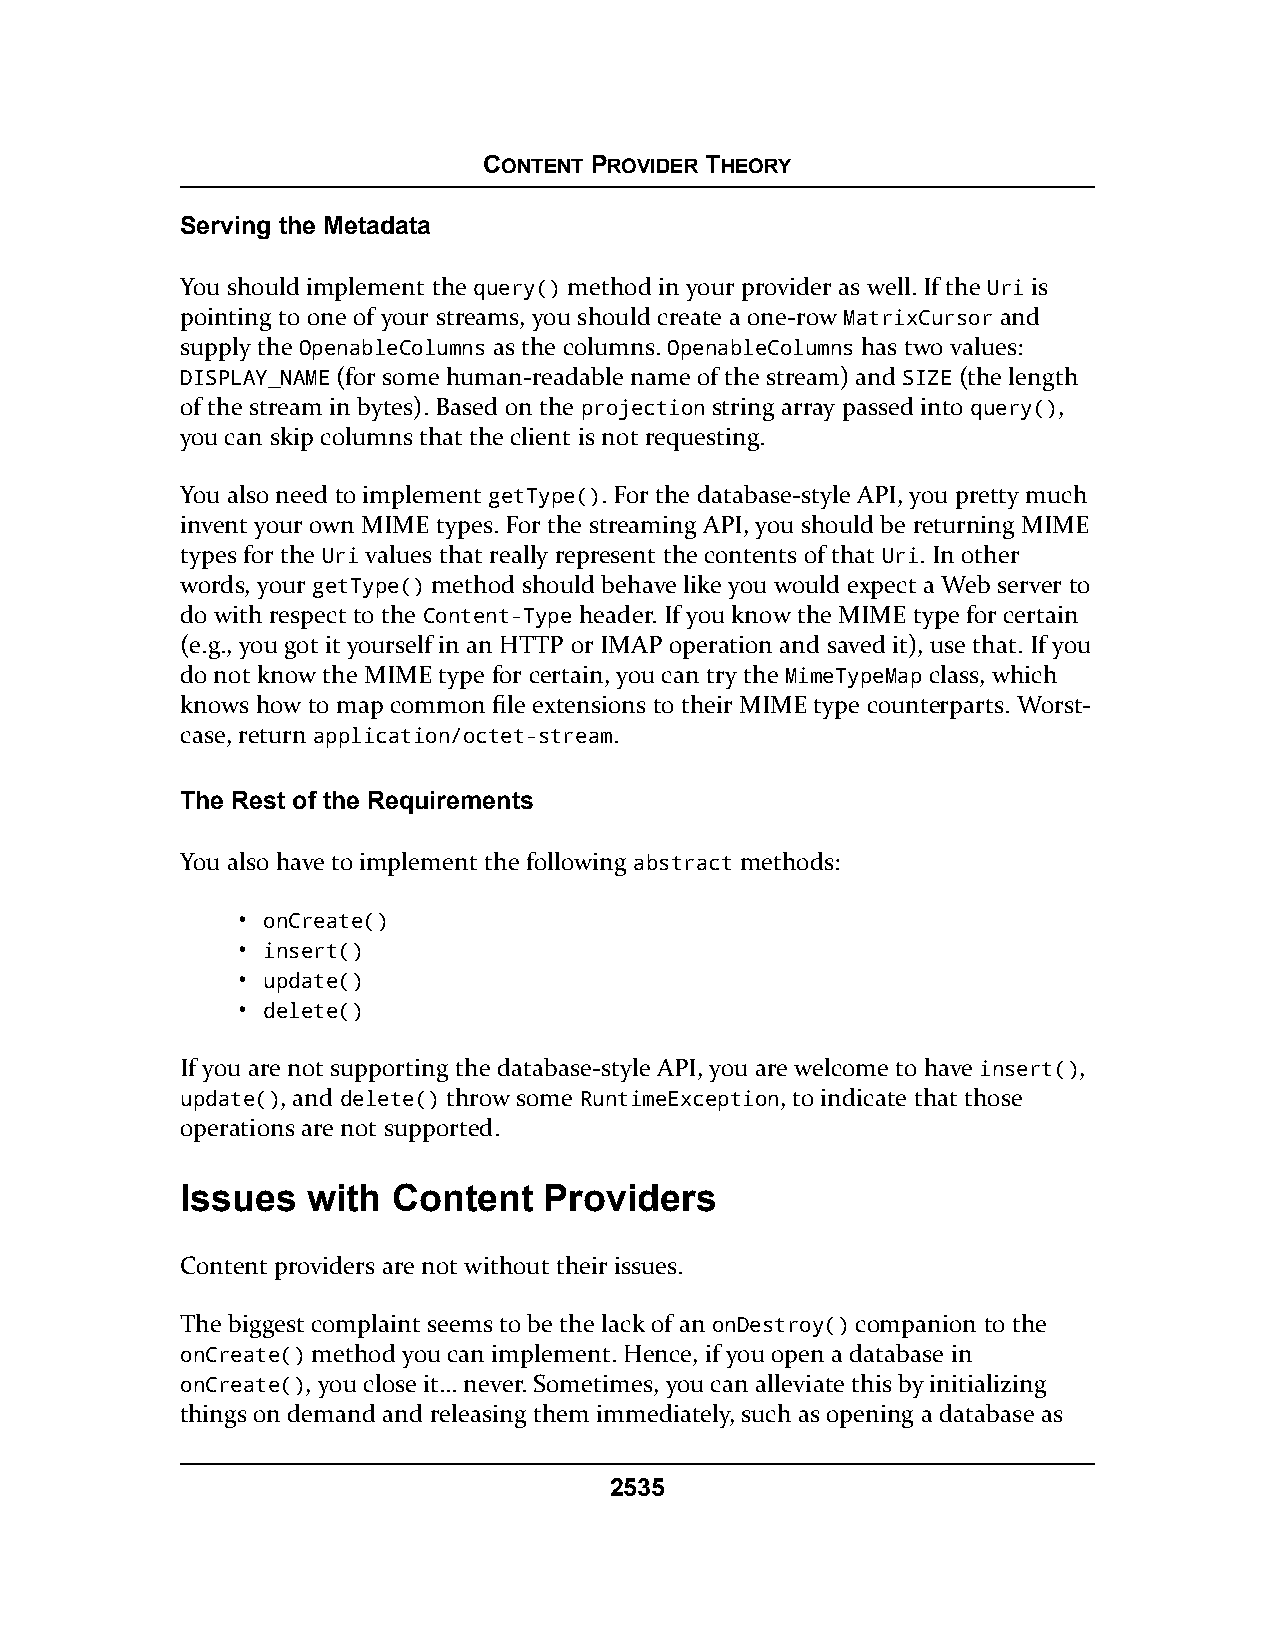
CONTENT PROVIDER THEORY
 Serving the Metadata
 You should implement the query() method in your provider as well. If the Uri is
 pointing to one of your streams, you should create a one-row MatrixCursor and
 supply the OpenableColumns as the columns. OpenableColumns has two values:
 DISPLAY_NAME (for some human-readable name of the stream) and SIZE (the length
 of the stream in bytes). Based on the projection string array passed into query(),
 you can skip columns that the client is not requesting.
 You also need to implement getType(). For the database-style API, you pretty much
 invent your own MIME types. For the streaming API, you should be returning MIME
 types for the Uri values that really represent the contents of that Uri. In other
 words, your getType() method should behave like you would expect a Web server to
 do with respect to the Content-Type header. If you know the MIME type for certain
 (e.g., you got it yourself in an HTTP or IMAP operation and saved it), use that. If you
 do not know the MIME type for certain, you can try the MimeTypeMap class, which
 knows how to map common file extensions to their MIME type counterparts. Worst-
 case, return application/octet-stream.
 The Rest of the Requirements
 You also have to implement the following abstract methods:
 • onCreate()
 • insert()
 • update()
 • delete()
 If you are not supporting the database-style API, you are welcome to have insert(),
 update(), and delete() throw some RuntimeException, to indicate that those
 operations are not supported.
 Issues  with  Content   Providers
 Content providers are not without their issues.
 The biggest complaint seems to be the lack of an onDestroy() companion to the
 onCreate() method you can implement. Hence, if you open a database in
 onCreate(), you close it… never. Sometimes, you can alleviate this by initializing
 things on demand and releasing them immediately, such as opening a database as
 2535